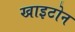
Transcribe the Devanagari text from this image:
खाइटोन